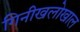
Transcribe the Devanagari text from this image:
गिनीखलोखाल